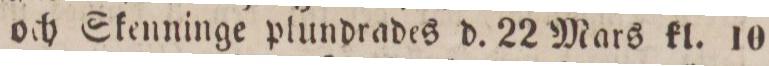
och Skenninge plundrades d. 22 Mars kl. 10